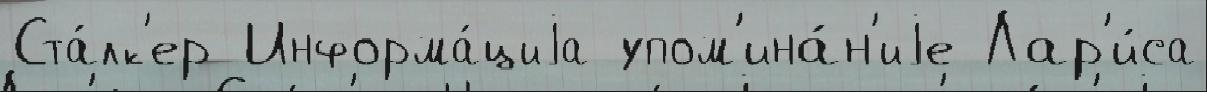
Ста́лк'ер Информа́циjа упом'ина́н'иjе Лар'и́са